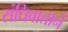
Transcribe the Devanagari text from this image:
संधिवाताने